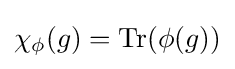
\chi _{\phi }(g)=\operatorname {Tr} (\phi (g))